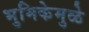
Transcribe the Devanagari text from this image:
भुमिकेमुळे